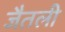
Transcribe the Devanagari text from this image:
जैतली